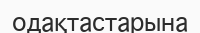
одақтастарына